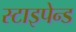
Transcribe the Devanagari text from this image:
स्टाइपेन्ड